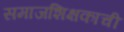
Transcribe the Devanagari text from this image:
समाजशिक्षकाची